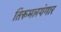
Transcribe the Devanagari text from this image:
तिरूमलयंगार